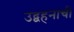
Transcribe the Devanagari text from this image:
उद्वहनाची